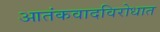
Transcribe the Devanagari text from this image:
आतंकवादविरोधात